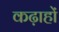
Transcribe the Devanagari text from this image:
कढ़ाहों